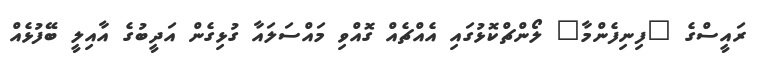
ރައީސްގެ "ފިނިފެންމާ" ލޯންޗްކޮޅުގައި އެއްޗެއް ގޮއްވި މައްސަލައާ ގުޅިގެން އަދީބުގެ އާއިލީ ބޭފުޅެއް